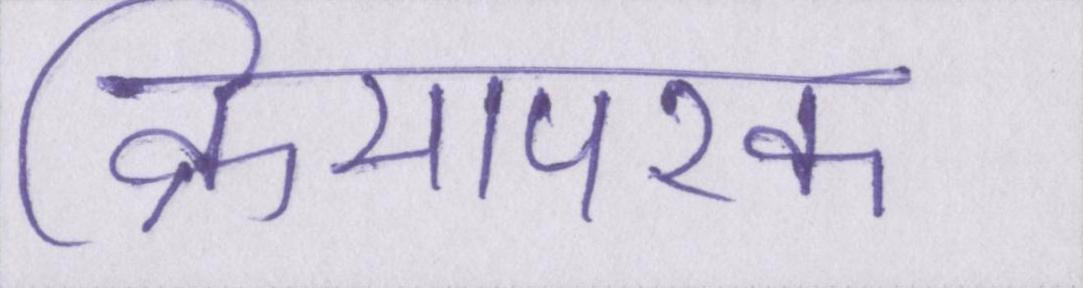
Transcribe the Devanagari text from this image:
क्रियापरक